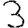
Digit: 3